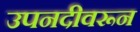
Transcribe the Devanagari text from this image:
उपनदीवरून